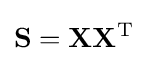
\mathbf {S} =\mathbf {X} \mathbf {X} ^{\mathrm {T} }